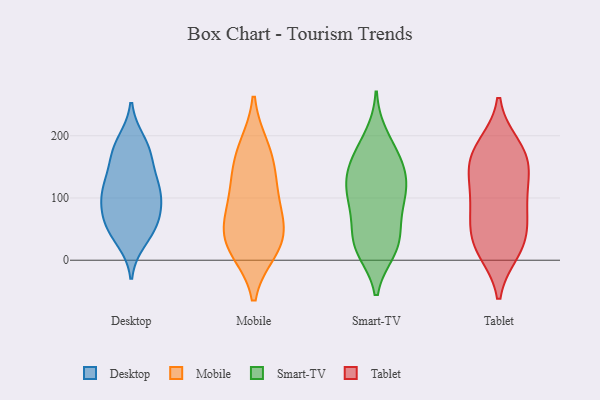
{"axis": {"x": "Humidity (%)", "y": "Value"}, "legend": ["Desktop", "Mobile", "Smart-TV", "Tablet"], "data": [{"x": "", "y": 173, "type": "Desktop"}, {"x": "", "y": 47, "type": "Desktop"}, {"x": "", "y": 68, "type": "Desktop"}, {"x": "", "y": 33, "type": "Desktop"}, {"x": "", "y": 110, "type": "Desktop"}, {"x": "", "y": 161, "type": "Desktop"}, {"x": "", "y": 87, "type": "Desktop"}, {"x": "", "y": 124, "type": "Desktop"}, {"x": "", "y": 125, "type": "Desktop"}, {"x": "", "y": 52, "type": "Desktop"}, {"x": "", "y": 190, "type": "Desktop"}, {"x": "", "y": 101, "type": "Desktop"}, {"x": "", "y": 109, "type": "Desktop"}, {"x": "", "y": 63, "type": "Desktop"}, {"x": "", "y": 180, "type": "Desktop"}, {"x": "", "y": 20, "type": "Mobile"}, {"x": "", "y": 129, "type": "Mobile"}, {"x": "", "y": 84, "type": "Mobile"}, {"x": "", "y": 60, "type": "Mobile"}, {"x": "", "y": 28, "type": "Mobile"}, {"x": "", "y": 122, "type": "Mobile"}, {"x": "", "y": 181, "type": "Mobile"}, {"x": "", "y": 171, "type": "Mobile"}, {"x": "", "y": 55, "type": "Mobile"}, {"x": "", "y": 17, "type": "Mobile"}, {"x": "", "y": 183, "type": "Smart-TV"}, {"x": "", "y": 158, "type": "Smart-TV"}, {"x": "", "y": 200, "type": "Smart-TV"}, {"x": "", "y": 46, "type": "Smart-TV"}, {"x": "", "y": 144, "type": "Smart-TV"}, {"x": "", "y": 107, "type": "Smart-TV"}, {"x": "", "y": 15, "type": "Smart-TV"}, {"x": "", "y": 102, "type": "Smart-TV"}, {"x": "", "y": 53, "type": "Smart-TV"}, {"x": "", "y": 22, "type": "Smart-TV"}, {"x": "", "y": 111, "type": "Smart-TV"}, {"x": "", "y": 101, "type": "Smart-TV"}, {"x": "", "y": 123, "type": "Smart-TV"}, {"x": "", "y": 155, "type": "Smart-TV"}, {"x": "", "y": 76, "type": "Smart-TV"}, {"x": "", "y": 17, "type": "Smart-TV"}, {"x": "", "y": 21, "type": "Smart-TV"}, {"x": "", "y": 150, "type": "Smart-TV"}, {"x": "", "y": 133, "type": "Tablet"}, {"x": "", "y": 164, "type": "Tablet"}, {"x": "", "y": 173, "type": "Tablet"}, {"x": "", "y": 183, "type": "Tablet"}, {"x": "", "y": 126, "type": "Tablet"}, {"x": "", "y": 16, "type": "Tablet"}, {"x": "", "y": 18, "type": "Tablet"}, {"x": "", "y": 38, "type": "Tablet"}, {"x": "", "y": 163, "type": "Tablet"}, {"x": "", "y": 78, "type": "Tablet"}, {"x": "", "y": 34, "type": "Tablet"}, {"x": "", "y": 76, "type": "Tablet"}, {"x": "", "y": 97, "type": "Tablet"}]}